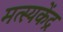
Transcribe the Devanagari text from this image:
मत्स्यकेंद्र